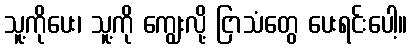
သူ့ကိုပေး၊ သူ့ကို ကျွေးလို့ ငြာသံတွေ ပေးရင်းပေါ့။